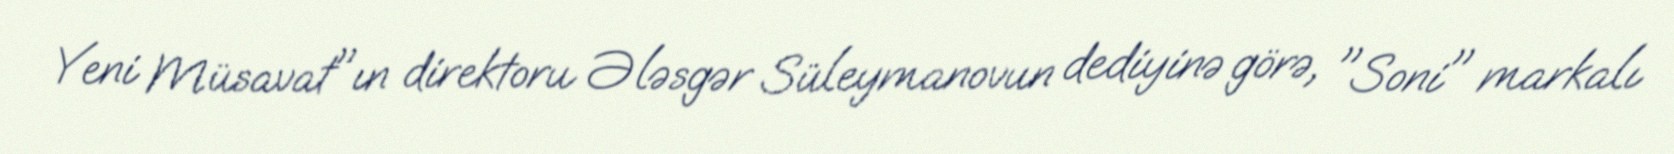
Yeni Müsavat"ın direktoru Ələsgər Süleymanovun dediyinə görə, "Soni" markalı